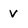
Character: v